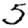
Digit: 5